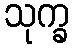
သုက္ခ